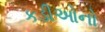
કડીઓનો